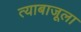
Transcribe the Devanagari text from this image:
त्याबाजूला